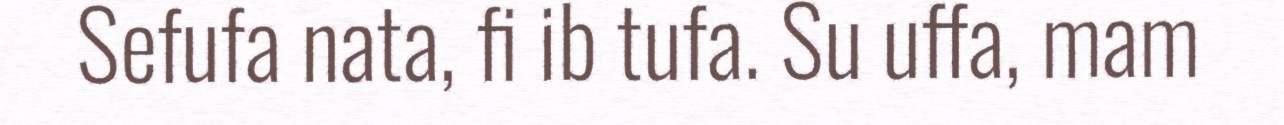
Sefufa nata, fi ib tufa. Su uffa, mam